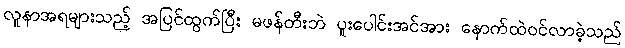
လူနာအရများသည့် အပြင်ထွက်ပြီး မဖန်တီးဘဲ ပူးပေါင်းအင်အား နောက်ထဲဝင်လာခဲ့သည်